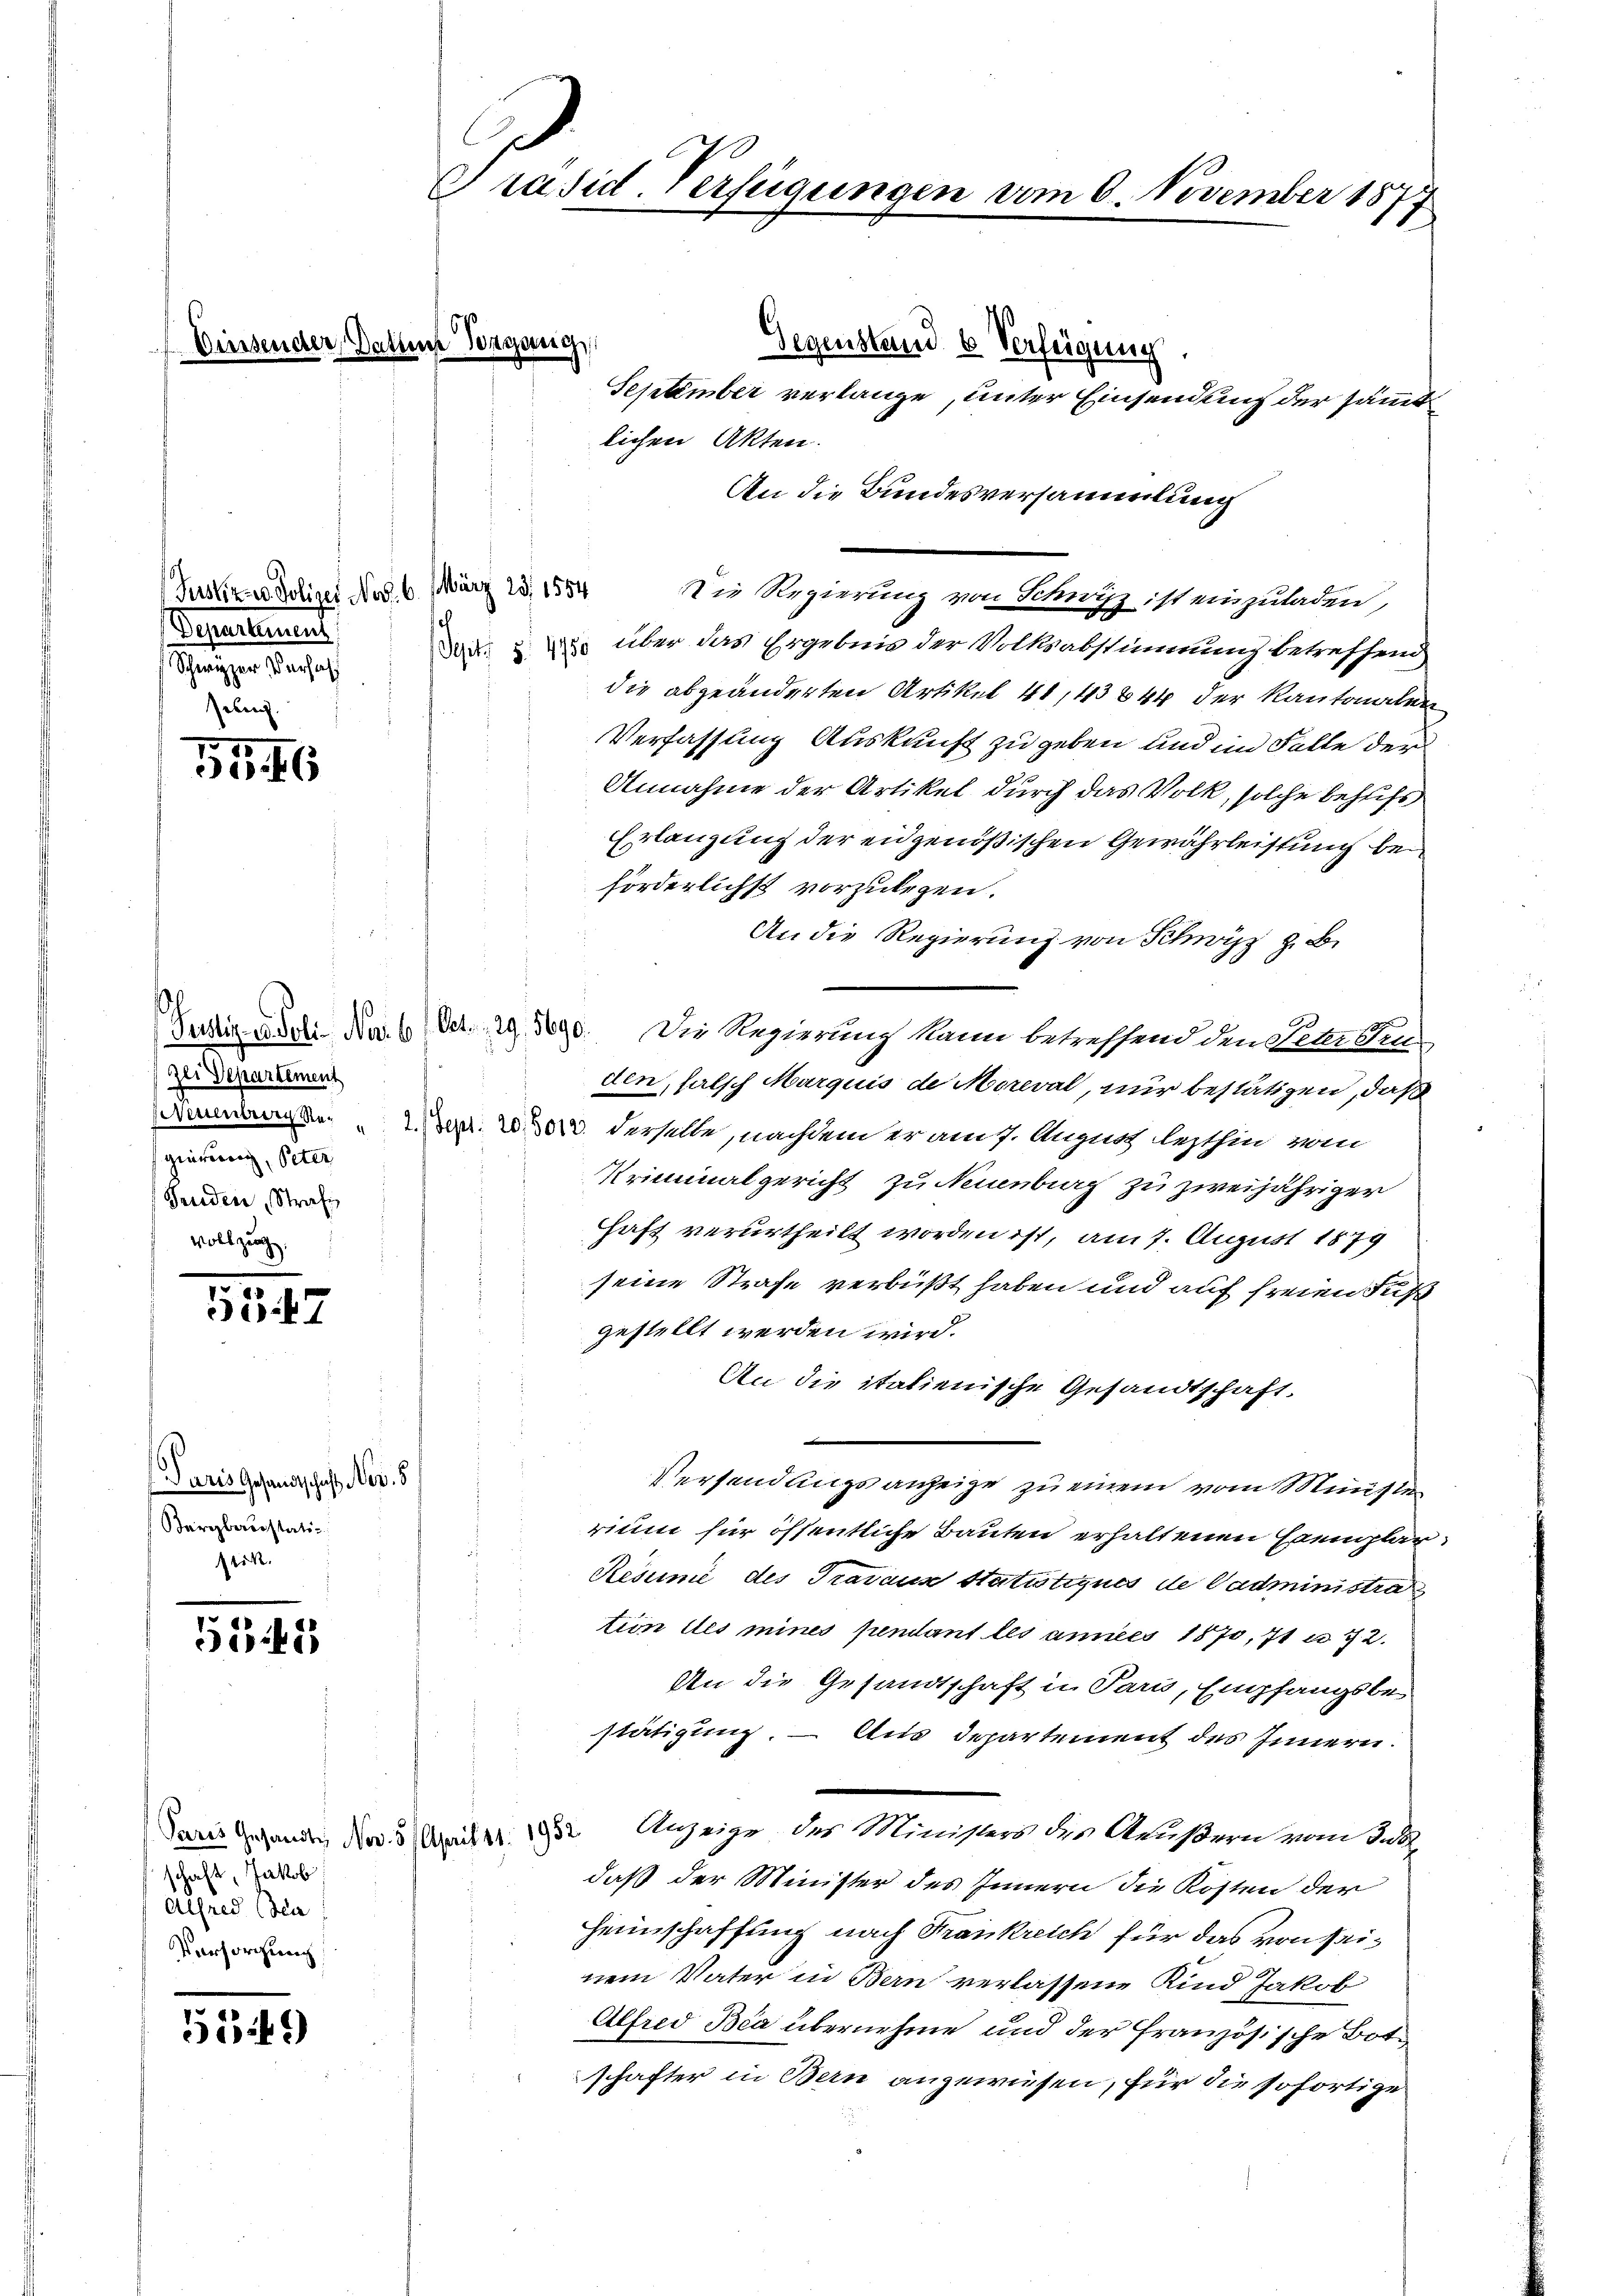
d

(Fuskr. v. Polizei Nov. 6. März 23. 1554
Departanent
Schwyzer Verhafeln

5546

zer Departement
gierung, Peter
Gereden Strafe
vollzug.

5347

Paris Gesandtschaft Nov. 5
Barbarerstati
lick.

514

Paris Gesandt Nov. 5
schaft, Jakob
Alfred Bea
Versorgung

51349)

x
Präsid. Verfügungen vom 6. November 18
2

Am Vorgange
Gegenstand 6. Verfügung.
September verlange, unter Einsendung der sämmtlichen Akten.
An die Bundesversammlung
Die Regierung von Schwyz ist einzuladen,
  über das Ergebnis der Volksabstimmung betreffend
die abgeänderten Artikel 41,113844 der Kantonalen
Verfassung Auskunft zu geben und im Falle der
Annahme der Artikel durch das Volk, solche behufs
Erlangung der eidgenößischen Gewährleistung be
förderlichst vorzulegen.
An die Regierung von Schwyz z. B.
Justiz & Poli, No. 6. Oct. pag. 390. Die Regierung kann betreffend den Sebenthus
den, falsch Marquis de Moreval, nur bestätigen, daß
Damens 2. Der Wider derselbe, nachdem er auf. August lezthin vom
Kriminalgericht zu Neuenburg zu zweijähriger
Haft verurtheilt worden ist, am 7. August 1879
seine Strafe verbüßt haben und auf freien Fuß
gestellt werden wird.
An die italienische Gesandtschaft.
Versendungsanzeige zu einem vom Ministen
rium für öffentliche Bauten erhaltenen Exemplar
Résunie des Travaux statistiques de Vadministra
tion des mines pendant les annes 1870, 71 u. 72.
An die Gesandtschaft in Paris, Empfangsbe
stätigung. — Aus Departement des Innern.
e
 Anzeige des Ministers des Aeußern vom 3. 82
daß der Minister des Innern die Kosten der
Heimschaffung nach Krankreich für das von seinem Vater in Bern verlassene Kind Jakob
Alfred Béa übernehme und der französische Bote
schafter in Bern angewiesen, für die sofortige